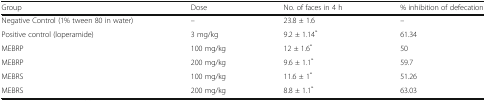
<table><thead><tr><td><b>Group</b></td><td><b>Dose</b></td><td><b>No. of faces in 4 h</b></td><td><b>% inhibition of defecation</b></td></tr></thead><tbody><tr><td>Negative Control (1% tween 80 in water)</td><td>–</td><td>23.8 ± 1.6</td><td>–</td></tr><tr><td>Positive control (loperamide)</td><td>3 mg/kg</td><td>9.2 ± 1.14<sup>*</sup></td><td>61.34</td></tr><tr><td>MEBRP</td><td>100 mg/kg</td><td>12 ± 1.6<sup>*</sup></td><td>50</td></tr><tr><td>MEBRP</td><td>200 mg/kg</td><td>9.6 ± 1.1<sup>*</sup></td><td>59.7</td></tr><tr><td>MEBRS</td><td>100 mg/kg</td><td>11.6 ± 1<sup>*</sup></td><td>51.26</td></tr><tr><td>MEBRS</td><td>200 mg/kg</td><td>8.8 ± 1.1<sup>*</sup></td><td>63.03</td></tr></tbody></table>